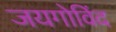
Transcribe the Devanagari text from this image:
जयगोविंद